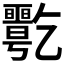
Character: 𠄋